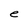
Character: e